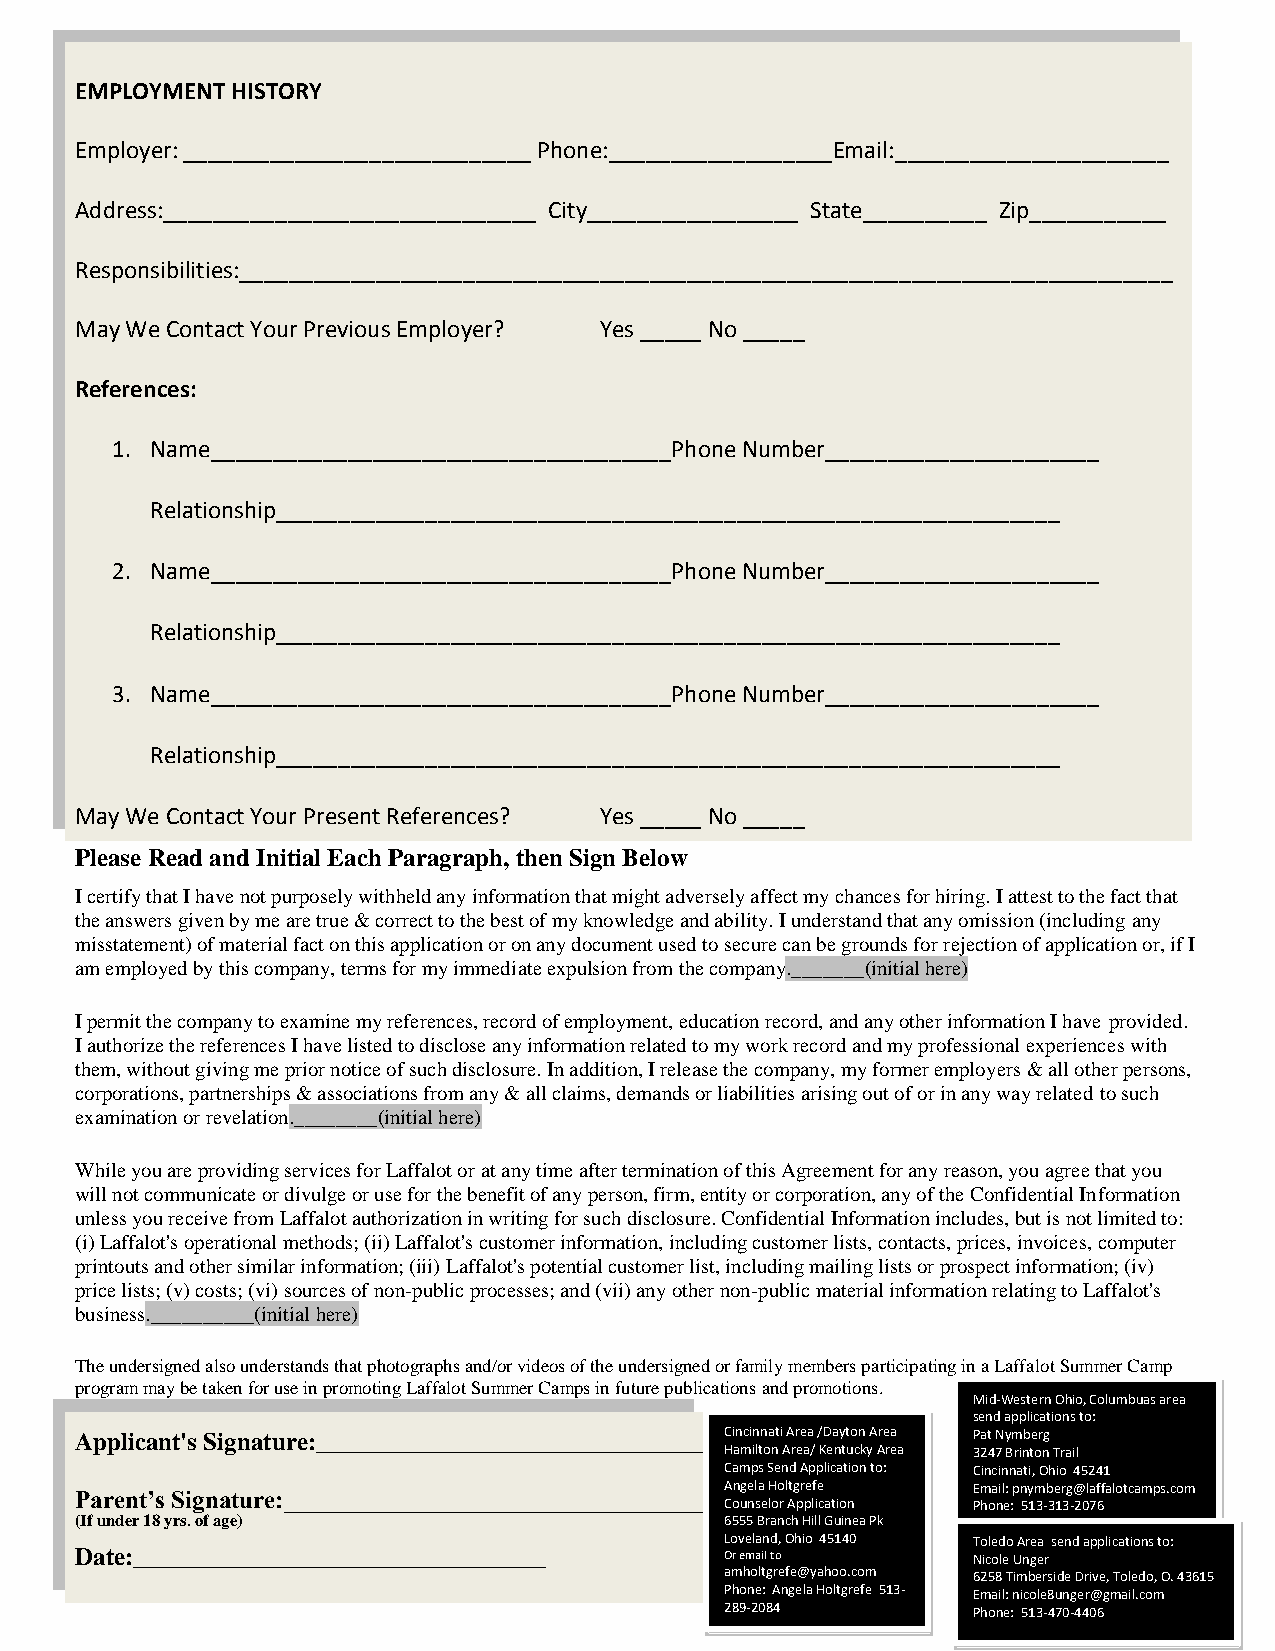
EMPLOYMENT HISTORY
 Employer: ____________________________ Phone:__________________Email:______________________
 Address:______________________________ City_________________ State__________ Zip___________
 Responsibilities:___________________________________________________________________________
 May We Contact Your Previous Employer? Yes _____ No _____
 References:
 1. Name_____________________________________Phone Number______________________
 Relationship_______________________________________________________________
 2. Name_____________________________________Phone Number______________________
 Relationship_______________________________________________________________
 3. Name_____________________________________Phone Number______________________
 Relationship_______________________________________________________________
 May We Contact Your Present References? Yes _____ No _____
 Please Read and Initial Each Paragraph, then Sign Below
 I certify that I have not purposely withheld any information that might adversely affect my chances for hiring. I attest to the fact that
 the answers given by me are true & correct to the best of my knowledge and ability. I understand that any omission (including any
 misstatement) of material fact on this application or on any document used to secure can be grounds for rejection of application or, if I
 am employed by this company, terms for my immediate expulsion from the company._______(initial here)
 I permit the company to examine my references, record of employment, education record, and any other information I have provided.
 I authorize the references I have listed to disclose any information related to my work record and my professional experiences with
 them, without giving me prior notice of such disclosure. In addition, I release the company, my former employers & all other persons,
 corporations, partnerships & associations from any & all claims, demands or liabilities arising out of or in any way related to such
 examination or revelation.________(initial here)
 While you are providing services for Laffalot or at any time after termination of this Agreement for any reason, you agree that you
 will not communicate or divulge or use for the benefit of any person, firm, entity or corporation, any of the Confidential Information
 unless you receive from Laffalot authorization in writing for such disclosure. Confidential Information includes, but is not limited to:
 (i) Laffalot's operational methods; (ii) Laffalot's customer information, including customer lists, contacts, prices, invoices, computer
 printouts and other similar information; (iii) Laffalot's potential customer list, including mailing lists or prospect information; (iv)
 price lists; (v) costs; (vi) sources of non-public processes; and (vii) any other non-public material information relating to Laffalot's
 business.__________(initial here)
 The undersigned also understands that photographs and/or videos of the undersigned or family members participating in a Laffalot Summer Camp
 program may be taken for use in promoting Laffalot Summer Camps in future publications and promotions.
 Mid-Western Ohio, Columbuas area
 send applications to:
 Applicant's Signature:_______________________________ Cincinnati Area /Dayton Area Pat Nymberg
 Hamilton Area/ Kentucky Area 3247 Brinton Trail
 Camps Send Application to: Cincinnati, Ohio 45241
 Angela Holtgrefe Email: pnymberg@laffalotcamps.com
 Parent’s Signature:__________________________________
 Counselor Application Phone: 513-313-2076
 (If under 18 yrs. of age)                  6555 Branch Hill Guinea Pk
 Loveland, Ohio 45140 Toledo Area send applications to:
 Date:_________________________________     Or email to     Nicole Unger
 amholtgrefe@yahoo.com 6258 Timberside Drive, Toledo, O. 43615
 Phone: Angela Holtgrefe 513- Email: nicole8unger@gmail.com
 289-2084        Phone: 513-470-4406